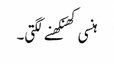
ہنسی کھنکھنے لگتی۔